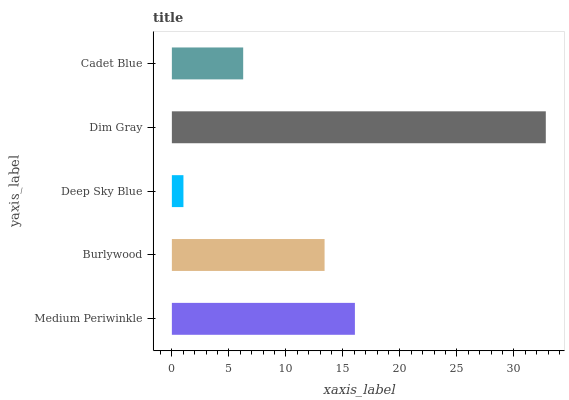
| yaxis_label | bars |
 | --- | --- |
 | Medium Periwinkle | 16.1 |
 | Burlywood | 13.4 |
 | Deep Sky Blue | 1.01 |
 | Dim Gray | 32.8 |
 | Cadet Blue | 6.25 |